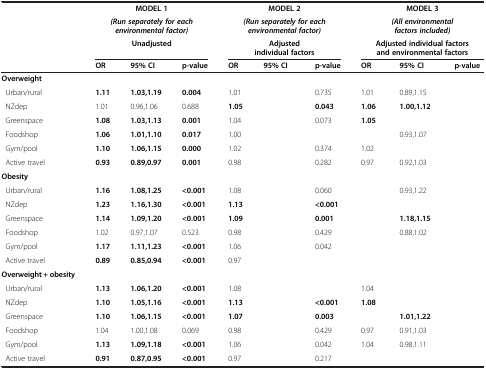
<table><thead><tr><td rowspan="3">[EMPTY_CELL]</td><td colspan="3"><b>MODEL 1</b></td><td colspan="3"><b>MODEL 2</b></td><td colspan="3"><b>MODEL 3</b></td></tr><tr><td colspan="3"><b><i>(Run separately for each environmental factor)</i></b></td><td colspan="3"><b><i>(Run separately for each environmental factor)</i></b></td><td colspan="3"><b><i>(All environmental factors included)</i></b></td></tr><tr><td colspan="3"><b>Unadjusted</b></td><td colspan="3"><b>Adjusted individual factors</b></td><td colspan="3"><b>Adjusted individual factors and environmental factors</b></td></tr><tr><td>[EMPTY_CELL]</td><td><b>OR</b></td><td><b>95% CI</b></td><td><b>p-value</b></td><td><b>OR</b></td><td><b>95% CI</b></td><td><b>p-value</b></td><td><b>OR</b></td><td><b>95% CI</b></td><td><b>p-value</b></td></tr></thead><tbody><tr><td><b>Overweight</b></td><td>[EMPTY_CELL]</td><td>[EMPTY_CELL]</td><td>[EMPTY_CELL]</td><td>[EMPTY_CELL]</td><td>[EMPTY_CELL]</td><td>[EMPTY_CELL]</td><td>[EMPTY_CELL]</td><td>[EMPTY_CELL]</td><td>[EMPTY_CELL]</td></tr><tr><td> Urban/rural</td><td><b>1.11</b></td><td><b>1.03,1.19</b></td><td><b>0.004</b></td><td>1.01</td><td>[EMPTY_CELL]</td><td>0.735</td><td>1.01</td><td>0.89,1.15</td><td>[EMPTY_CELL]</td></tr><tr><td> NZdep</td><td>1.01</td><td>0.96,1.06</td><td>0.688</td><td><b>1.05</b></td><td>[EMPTY_CELL]</td><td><b>0.043</b></td><td><b>1.06</b></td><td><b>1.00,1.12</b></td><td>[EMPTY_CELL]</td></tr><tr><td> Greenspace</td><td><b>1.08</b></td><td><b>1.03,1.13</b></td><td><b>0.001</b></td><td>1.04</td><td>[EMPTY_CELL]</td><td>0.073</td><td><b>1.05</b></td><td>[EMPTY_CELL]</td><td>[EMPTY_CELL]</td></tr><tr><td> Foodshop</td><td><b>1.06</b></td><td><b>1.01,1.10</b></td><td><b>0.017</b></td><td>1.00</td><td>[EMPTY_CELL]</td><td>[EMPTY_CELL]</td><td>[EMPTY_CELL]</td><td>0.93,1.07</td><td>[EMPTY_CELL]</td></tr><tr><td> Gym/pool</td><td><b>1.10</b></td><td><b>1.06,1.15</b></td><td><b>0.000</b></td><td>1.02</td><td>[EMPTY_CELL]</td><td>0.374</td><td>1.02</td><td>[EMPTY_CELL]</td><td>[EMPTY_CELL]</td></tr><tr><td> Active travel</td><td><b>0.93</b></td><td><b>0.89,0.97</b></td><td><b>0.001</b></td><td>0.98</td><td>[EMPTY_CELL]</td><td>0.282</td><td>0.97</td><td>0.92,1.03</td><td>[EMPTY_CELL]</td></tr><tr><td><b>Obesity</b></td><td>[EMPTY_CELL]</td><td>[EMPTY_CELL]</td><td>[EMPTY_CELL]</td><td>[EMPTY_CELL]</td><td>[EMPTY_CELL]</td><td>[EMPTY_CELL]</td><td>[EMPTY_CELL]</td><td>[EMPTY_CELL]</td><td>[EMPTY_CELL]</td></tr><tr><td> Urban/rural</td><td><b>1.16</b></td><td><b>1.08,1.25</b></td><td><b>&lt;0.001</b></td><td>1.08</td><td>[EMPTY_CELL]</td><td>0.060</td><td>[EMPTY_CELL]</td><td>0.93,1.22</td><td>[EMPTY_CELL]</td></tr><tr><td> NZdep</td><td><b>1.23</b></td><td><b>1.16,1.30</b></td><td><b>&lt;0.001</b></td><td><b>1.13</b></td><td>[EMPTY_CELL]</td><td><b>&lt;0.001</b></td><td>[EMPTY_CELL]</td><td>[EMPTY_CELL]</td><td>[EMPTY_CELL]</td></tr><tr><td> Greenspace</td><td><b>1.14</b></td><td><b>1.09,1.20</b></td><td><b>&lt;0.001</b></td><td><b>1.09</b></td><td>[EMPTY_CELL]</td><td><b>0.001</b></td><td>[EMPTY_CELL]</td><td><b>1.18,1.15</b></td><td>[EMPTY_CELL]</td></tr><tr><td> Foodshop</td><td>1.02</td><td>0.97,1.07</td><td>0.523</td><td>0.98</td><td>[EMPTY_CELL]</td><td>0.429</td><td>[EMPTY_CELL]</td><td>0.88,1.02</td><td>[EMPTY_CELL]</td></tr><tr><td> Gym/pool</td><td><b>1.17</b></td><td><b>1.11,1.23</b></td><td><b>&lt;0.001</b></td><td>1.06</td><td>[EMPTY_CELL]</td><td>0.042</td><td>[EMPTY_CELL]</td><td>[EMPTY_CELL]</td><td>[EMPTY_CELL]</td></tr><tr><td> Active travel</td><td><b>0.89</b></td><td><b>0.85,0.94</b></td><td><b>&lt;0.001</b></td><td>0.97</td><td>[EMPTY_CELL]</td><td>[EMPTY_CELL]</td><td>[EMPTY_CELL]</td><td>[EMPTY_CELL]</td><td>[EMPTY_CELL]</td></tr><tr><td><b>Overweight + obesity</b></td><td>[EMPTY_CELL]</td><td>[EMPTY_CELL]</td><td>[EMPTY_CELL]</td><td>[EMPTY_CELL]</td><td>[EMPTY_CELL]</td><td>[EMPTY_CELL]</td><td>[EMPTY_CELL]</td><td>[EMPTY_CELL]</td><td>[EMPTY_CELL]</td></tr><tr><td> Urban/rural</td><td><b>1.13</b></td><td><b>1.06,1.20</b></td><td><b>&lt;0.001</b></td><td>1.08</td><td>[EMPTY_CELL]</td><td>[EMPTY_CELL]</td><td>1.04</td><td>[EMPTY_CELL]</td><td>[EMPTY_CELL]</td></tr><tr><td> NZdep</td><td><b>1.10</b></td><td><b>1.05,1.16</b></td><td><b>&lt;0.001</b></td><td><b>1.13</b></td><td>[EMPTY_CELL]</td><td><b>&lt;0.001</b></td><td><b>1.08</b></td><td>[EMPTY_CELL]</td><td>[EMPTY_CELL]</td></tr><tr><td> Greenspace</td><td><b>1.10</b></td><td><b>1.06,1.15</b></td><td><b>&lt;0.001</b></td><td><b>1.07</b></td><td>[EMPTY_CELL]</td><td><b>0.003</b></td><td>[EMPTY_CELL]</td><td><b>1.01,1.22</b></td><td>[EMPTY_CELL]</td></tr><tr><td> Foodshop</td><td>1.04</td><td>1.00,1.08</td><td>0.069</td><td>0.98</td><td>[EMPTY_CELL]</td><td>0.429</td><td>0.97</td><td>0.91,1.03</td><td>[EMPTY_CELL]</td></tr><tr><td> Gym/pool</td><td><b>1.13</b></td><td><b>1.09,1.18</b></td><td><b>&lt;0.001</b></td><td>1.06</td><td>[EMPTY_CELL]</td><td>0.042</td><td>1.04</td><td>0.98,1.11</td><td>[EMPTY_CELL]</td></tr><tr><td> Active travel</td><td><b>0.91</b></td><td><b>0.87,0.95</b></td><td><b>&lt;0.001</b></td><td>0.97</td><td>[EMPTY_CELL]</td><td>0.217</td><td>[EMPTY_CELL]</td><td>[EMPTY_CELL]</td><td>[EMPTY_CELL]</td></tr></tbody></table>